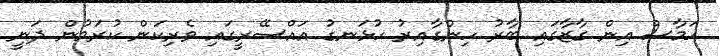
ހަމާސް އިން ގާޒާގައި ބާރު ހިންގާއިރު ހުޅަނގު އައްސޭރީގައި ވެރިކަން ކުރަމުން ދަނީ